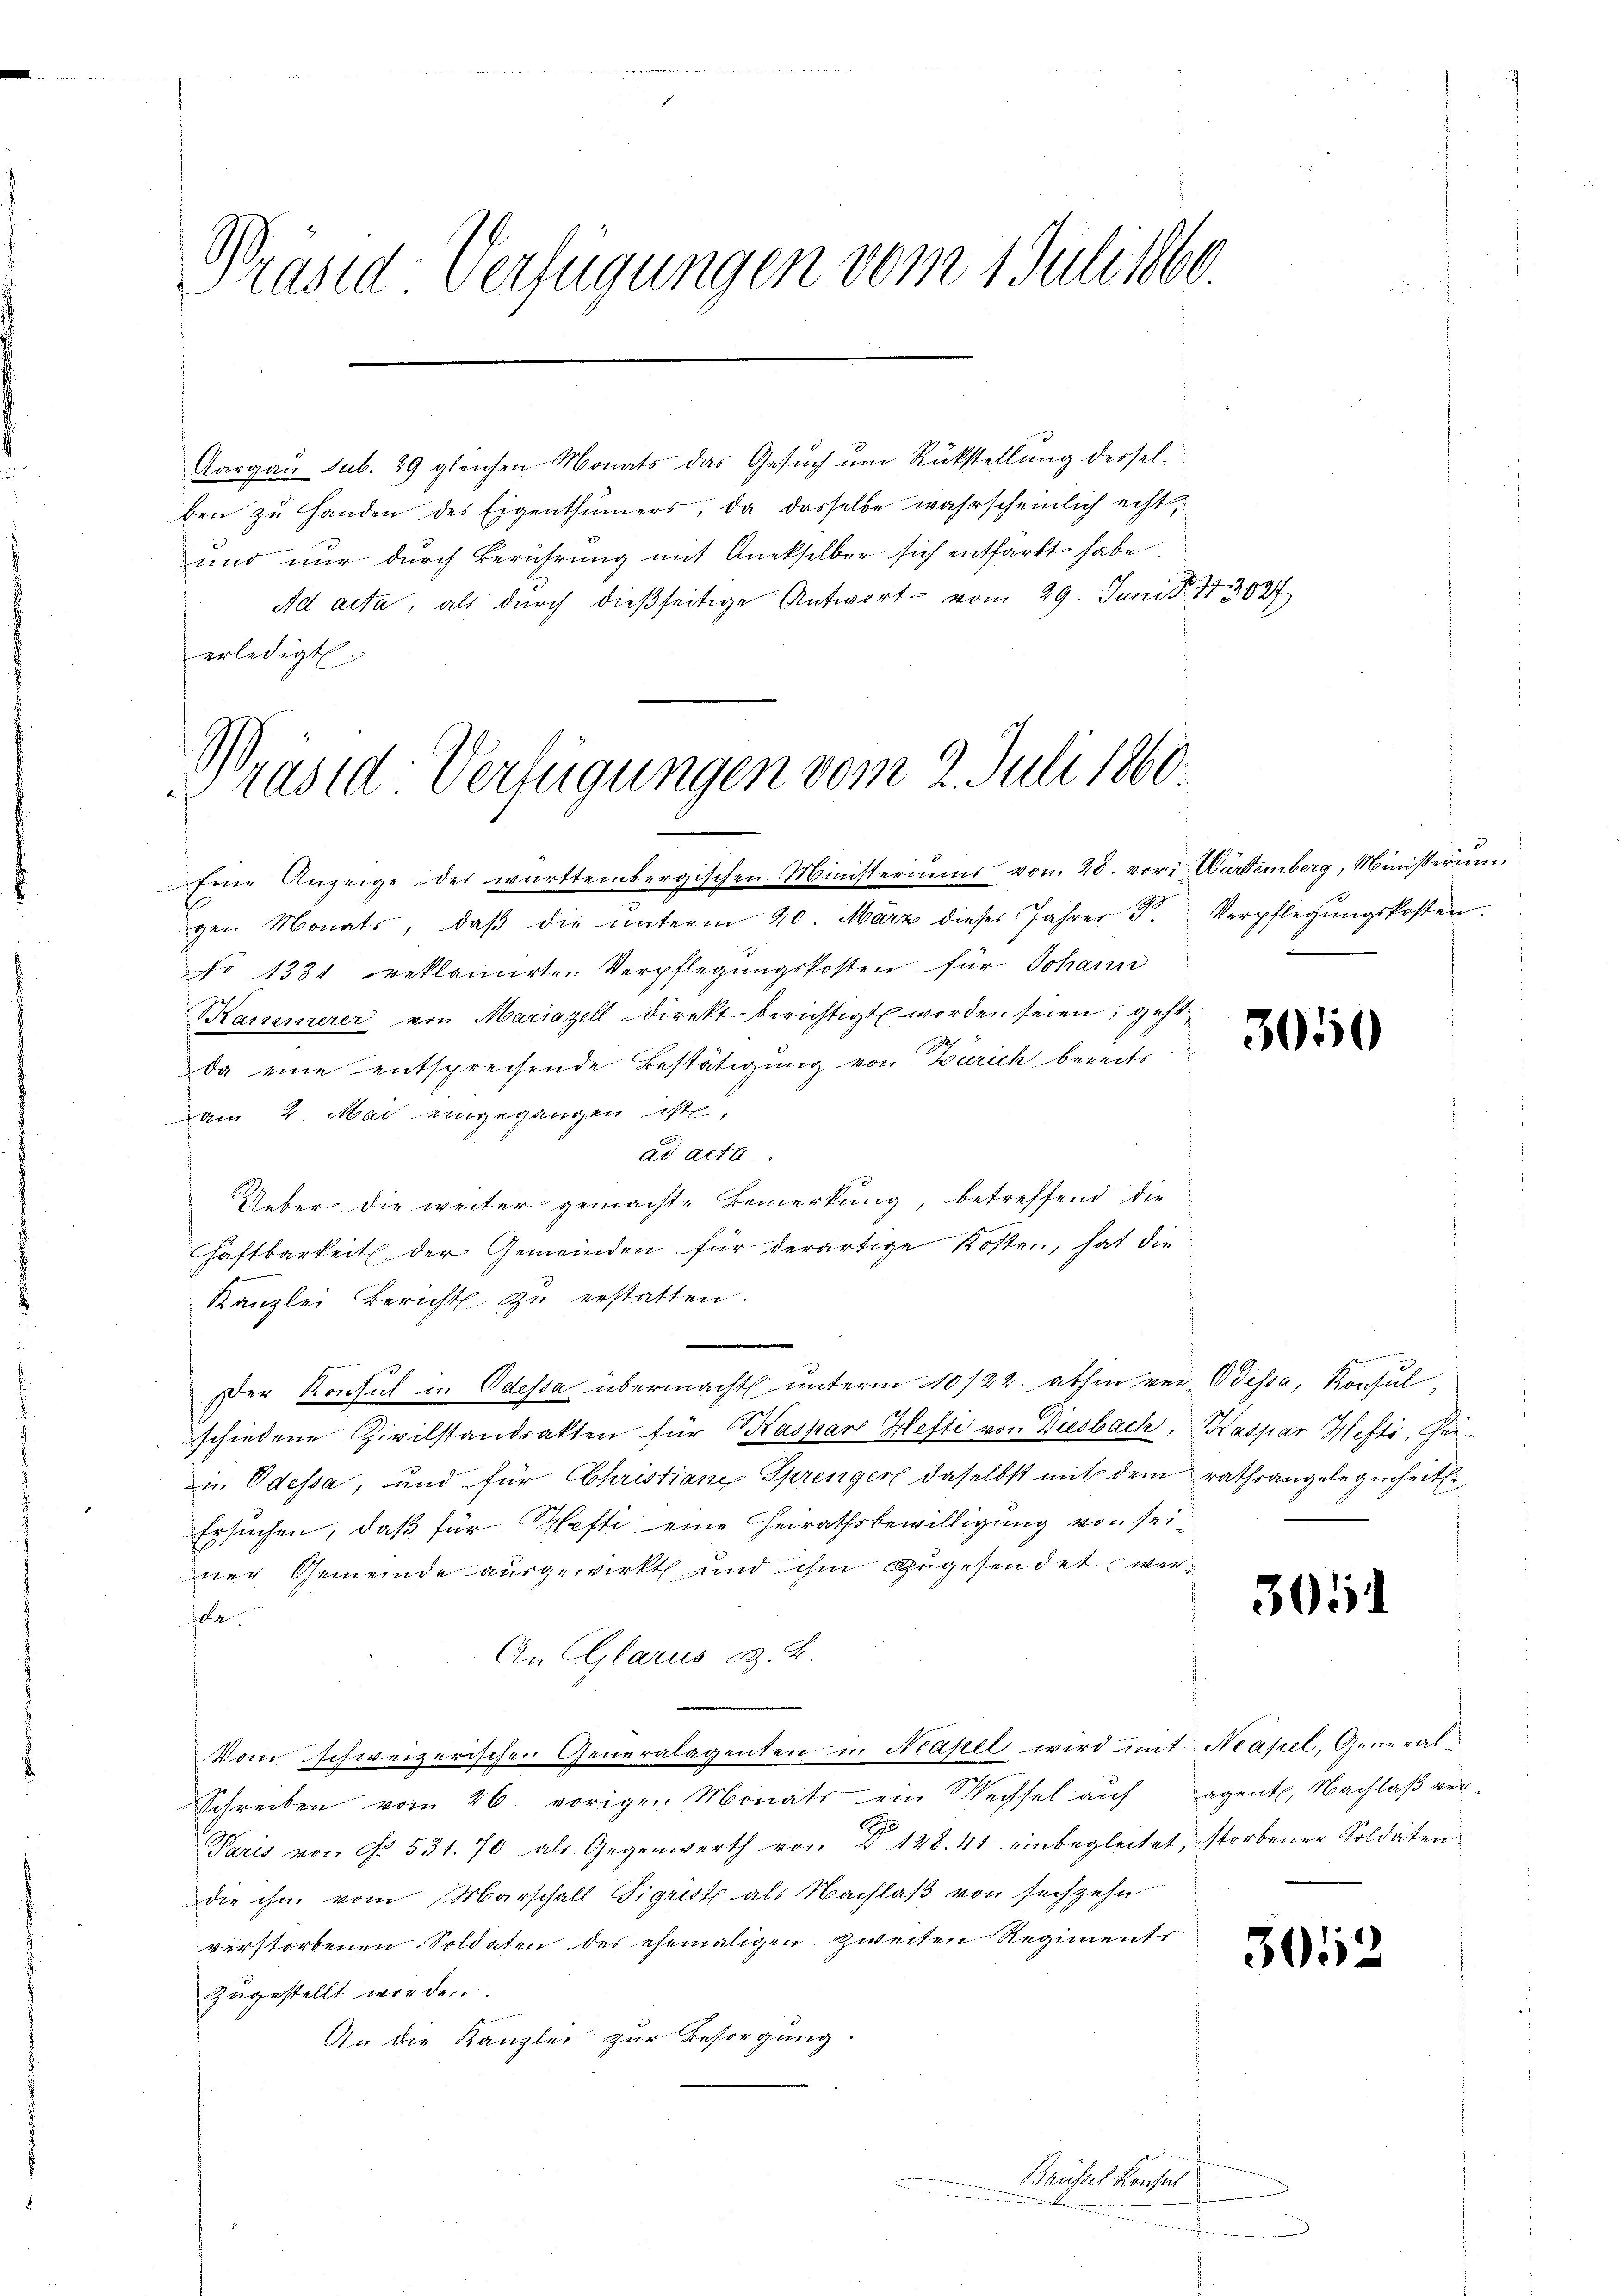
Präsid-Verfügungen vom 1 Juli 1860.

Aargau sub. 29 gleichen Monats das Gesuch um Rückstellung derselben zu Handen des Eigenthümers, da dasselbe wahrscheinlich erst
und nur durch Berührung mit Aneksilber sich entfarkt habe.
Ad acta, als durch dießseitige Antwort vom 29. Juni d. 113027
erledigt.

Wräsid-Verfügungen vom 2. Juli 1860

Eine Anzeige des württembergischen Ministeriums von 28. vori Württemberg, Ministerum
gen Monats, daβ die ŭnterm 20. März dieses Jahrer F. Verpflegŭngskosten.
No 1331 reklamirte Verpflegŭngskosten für Johann
Kammerer von Mariazell direkt berichtigt worden seien, geht
da eine entsprechende Bestätigung von Zürich bereits
am 4. Mai eingegangen ist,
ad acta
Ueber die weiter gemachte Bemerkung, betreffend die
Haftbarkeit der Gemeinden für derartige Kosten, hat die
Kanzlei Bericht zu erstatten.
Der Konsul in Odessa übermacht unterm 10/22. abhin ver- Odessa, Konsul,
schiedene Zivilstandsakten für Kaspar Hefti von Diesbach, Kaspar Hefti, Gei. Odessa, und für Christiane Sprenger daselbst mit dem rathsangelegenheiter
Ersuchen, daß für Hefti, eine Heirathsbewilligung von sei-
ner Gemeinde ausgewirkt und ihm zugesendet wer¬
Ida.
An Glarus z. B.
Vom schweizerischen Generalagenten in Neapel wird mit Neapel, General¬
Schreiben vom 26. vorigen Monats ein Wechsel auf agentl. Nachlaß ver-
Paris von No. 531. 70 als Gegenwerth von Dr 128. 41 einbegleitet, storbener Soldaten
die ihn vom Marschall Sigrist als Nachlaß von sechzehn
verstorbenen Soldaten des ehemaligen zweiten Regiments
zugestellt worden.
An die Kanzlei zur Besorgung.

Brüssel Konsen
u

3050

305

3052